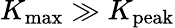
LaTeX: K_{\mathrm{max}}\gg K_{\mathrm{peak}}